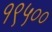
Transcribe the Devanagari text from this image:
१९५००